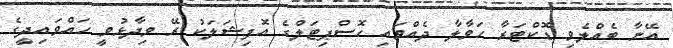
އޭނާ ބެއްލެވި ޑޮކްޓަރާ ހަވާލާ ދެއްވައި ހޮސްޕިޓަލްގެ އޮފިޝަލަކު ރޭ ވިދާޅުވީ ހައްވައިދީގެ